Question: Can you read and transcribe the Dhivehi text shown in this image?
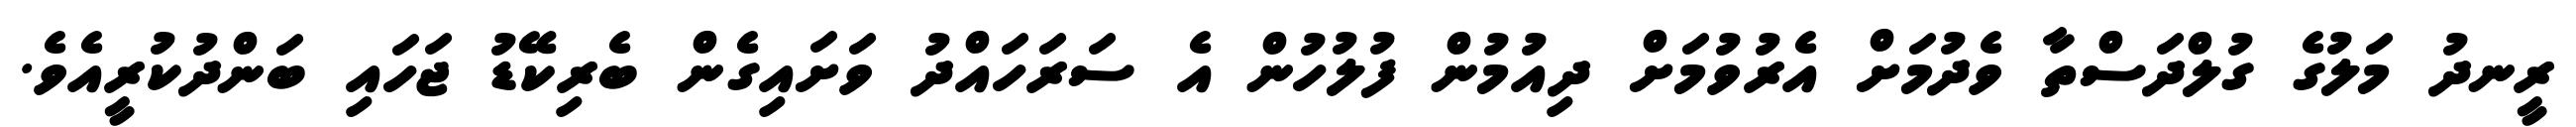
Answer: ރީނދު މަލުގެ ގުލްދަސްތާ ވެދުމަށް އެރުވުމަށް ދިއުމުން ފުލުހުން އެ ސަރަހައްދު ވަށައިގެން ބެރިކޭޑު ޖަހައި ބަންދުކުރީއެވެ.